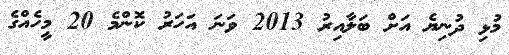
މުޅި ދުނިޔެ އަށް ބަލާއިރު 2013 ވަނަ އަހަރު ކޮންމެ 20 މީހެއްގެ